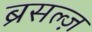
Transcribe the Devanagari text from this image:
ब्रसल्ज़